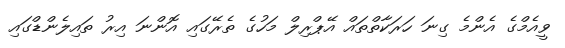
ވީއެމްގެ އެންމެ ގިނަ ހަރަކާތްތައް އޭޕްރިލް މަހުގެ ތެރޭގައި އޮންނަ އިރު ތައިލެންޑްގައި